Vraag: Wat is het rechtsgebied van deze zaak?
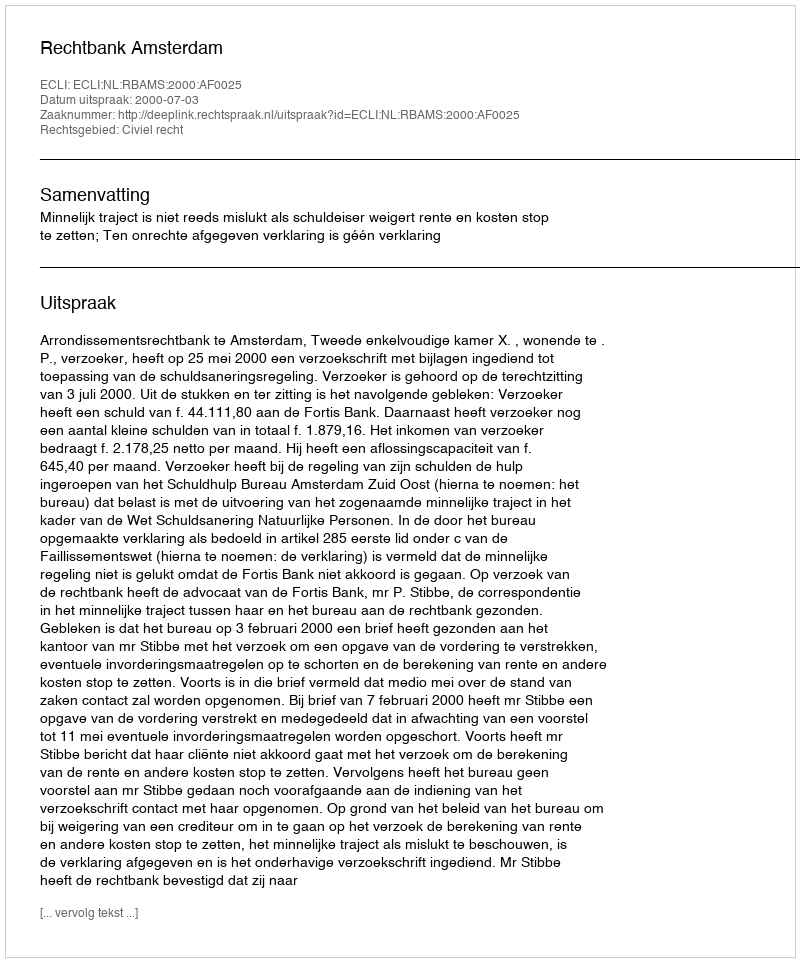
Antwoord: Civiel recht